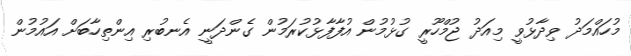
މުހައްމަދު ވިދާޅުވީ މިއަދު ޖުމްހޫރީ ގުޅުމުން އުފާފާޅުކުރަމުން ގެންދަނީ އެނބުރި އިންތިހާބަށް އައުމުން